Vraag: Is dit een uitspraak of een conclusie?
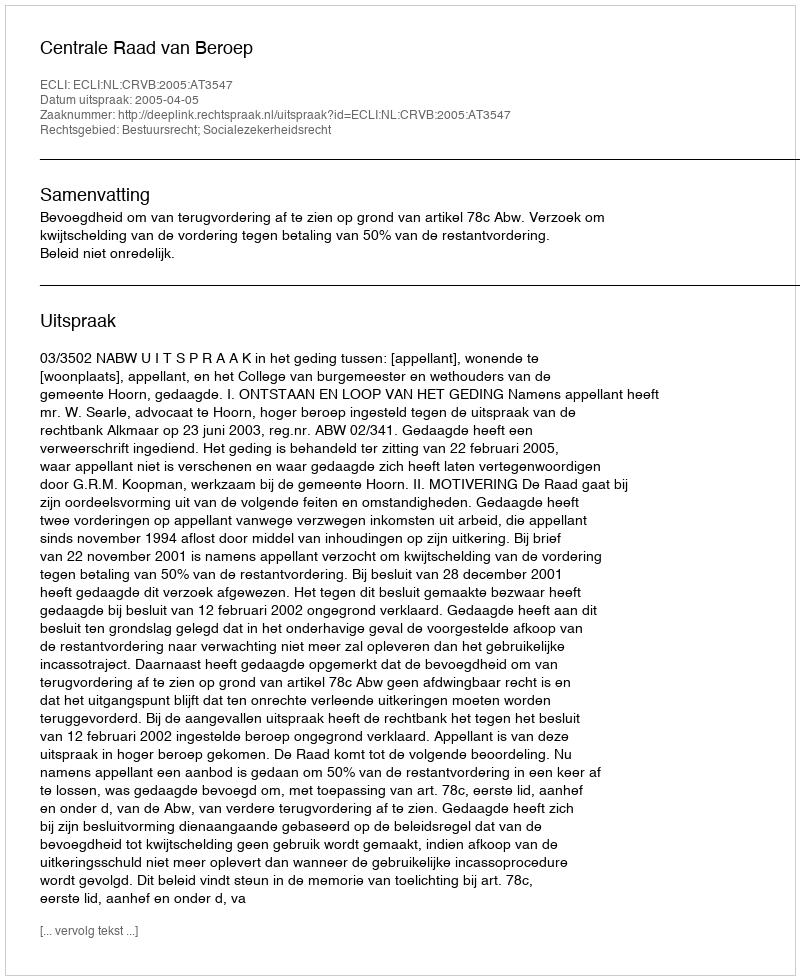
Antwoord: Uitspraak